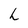
Character: h